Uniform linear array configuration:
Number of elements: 4
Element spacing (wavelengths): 0.5
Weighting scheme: blackman
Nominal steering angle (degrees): -45
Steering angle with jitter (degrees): -43.46
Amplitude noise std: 0.05
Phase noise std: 0.05

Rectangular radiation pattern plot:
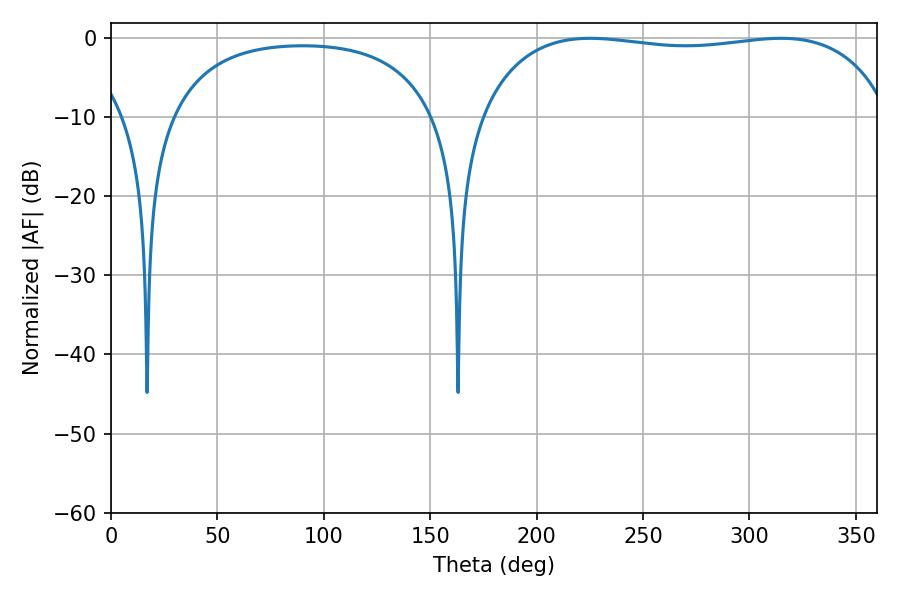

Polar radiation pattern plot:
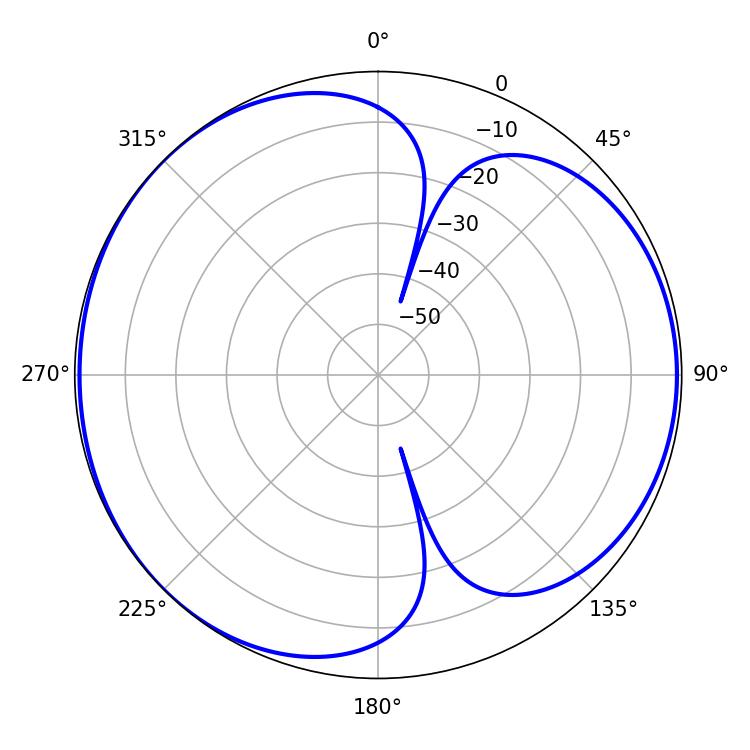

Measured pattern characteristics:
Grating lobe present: FALSE
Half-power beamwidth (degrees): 155.88
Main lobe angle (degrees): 225.18